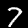
Label: 7